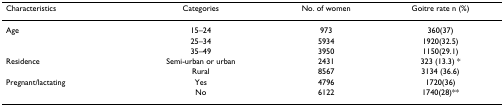
<table><thead><tr><td><b>Characteristics</b></td><td><b>Categories</b></td><td><b>No. of women</b></td><td><b>Goitre rate n (%)</b></td></tr></thead><tbody><tr><td>Age</td><td>15–24</td><td>973</td><td>360(37)</td></tr><tr><td></td><td>25–34</td><td>5934</td><td>1920(32.5)</td></tr><tr><td></td><td>35–49</td><td>3950</td><td>1150(29.1)</td></tr><tr><td>Residence</td><td>Semi-urban or urban</td><td>2431</td><td>323 (13.3) *</td></tr><tr><td></td><td>Rural</td><td>8567</td><td>3134 (36.6)</td></tr><tr><td>Pregnant/lactating</td><td>Yes</td><td>4796</td><td>1720(36)</td></tr><tr><td></td><td>No</td><td>6122</td><td>1740(28)**</td></tr></tbody></table>